Civil Veterinary Dept. Assam report 1927-50 - 1927-1950
Year: 1927
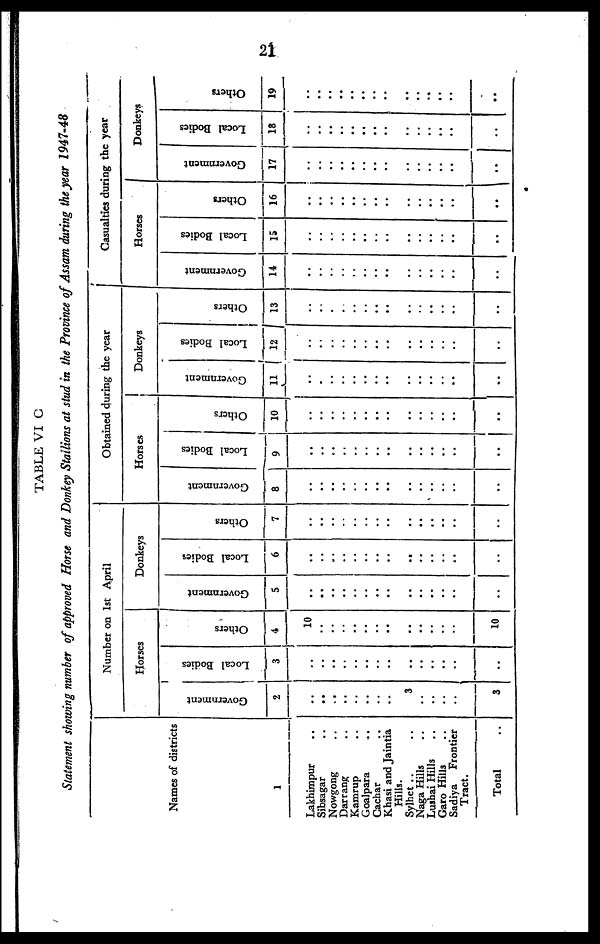
21
TABLE VI G
Statement showing number of approved Horse and Donkey Stallions at stud in the Province of Assam during the year 1947-48
Names of districts
1
Lakhimpur ..
Sibsagar ..
Nowgong ..
Darrang ..
Kamrup ..
Goalpara
..
Cachar ..
Khasi and Jaintia
Hills.
Sylhet .. ..
Naga Hills ..
Lushai Hills ..
Garo Hills ..
Sadiya
Frontier
Tract.
Total
Number on 1st April
Horses
Government
2
..
..
..
..
..
..
..
..
3
..
..
..
..
3
Local Bodies
3
..
..
..
..
..
..
..
..
..
..
..
..
..
..
Others
4
10
..
..
..
..
..
..
..
..
..
..
..
..
10
Donkeys
Government
5
..
..
..
..
..
..
..
..
..
..
..
..
..
..
Local Bodies
6
..
..
..
..
..
..
..
..
..
..
..
..
..
..
Others
7
..
..
..
..
..
..
..
..
..
..
..
..
..
..
Obtained during the year
Horses
Government
8
..
..
..
..
..
..
..
..
..
..
..
..
..
..
Local Bodies
9
..
..
..
..
..
..
..
..
..
..
..
..
..
Others
10
..
..
..
..
..
..
..
..
..
..
..
..
..
..
Donkeys
Government
11
..
..
..
..
..
..
..
..
..
..
..
..
..
..
Local Bodies
12
..
..
..
..
..
..
..
..
..
..
..
..
..
..
Others
13
..
..
..
..
..
..
..
..
..
..
..
..
..
Casualties during the year
Horses
Government
14
..
..
..
..
..
..
..
..
..
..
..
..
..
..
Local Bodies
15
..
..
..
..
..
..
..
..
..
..
..
..
..
..
Others
16
..
..
..
..
..
..
..
..
..
..
..
..
..
..
Donkeys
Government
17
..
..
..
..
..
..
..
..
..
..
..
..
..
..
Local Bodies
18
..
..
..
..
..
..
..
..
..
..
..
..
..
..
Others
19
..
..
..
..
..
..
..
..
..
..
..
..
..